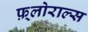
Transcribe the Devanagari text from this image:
फ़्लोराल्स